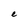
Character: C